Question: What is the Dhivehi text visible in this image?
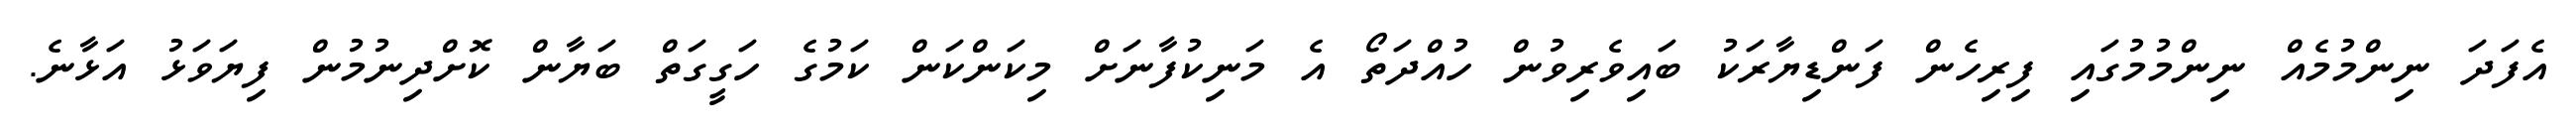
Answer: އެފަދަ ނިންމުމެއް ނިންމުމުގައި ފިރިހެން ފަންޑިޔާރަކު ބައިވެރިވުން ހުއްދަތޯ އެ މަނިކުފާނަށް މިކަންކަން ކަމުގެ ހަގީގަތް ބަޔާން ކޮށްދިނުމުން ފިޔަވަޅު އަޅާނެ.